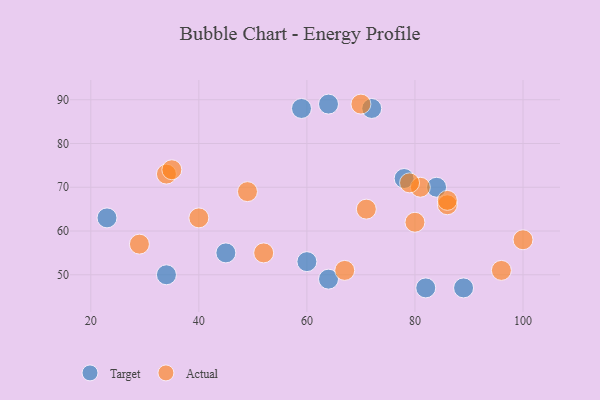
{"axis": {"x": "GDP", "y": "Life Expectancy"}, "legend": ["Actual", "Target"], "data": [{"x": "82", "y": 47, "type": "Target"}, {"x": "59", "y": 88, "type": "Target"}, {"x": "89", "y": 47, "type": "Target"}, {"x": "78", "y": 72, "type": "Target"}, {"x": "60", "y": 53, "type": "Target"}, {"x": "23", "y": 63, "type": "Target"}, {"x": "45", "y": 55, "type": "Target"}, {"x": "64", "y": 49, "type": "Target"}, {"x": "72", "y": 88, "type": "Target"}, {"x": "34", "y": 50, "type": "Target"}, {"x": "64", "y": 89, "type": "Target"}, {"x": "84", "y": 70, "type": "Target"}, {"x": "52", "y": 55, "type": "Actual"}, {"x": "29", "y": 57, "type": "Actual"}, {"x": "71", "y": 65, "type": "Actual"}, {"x": "40", "y": 63, "type": "Actual"}, {"x": "100", "y": 58, "type": "Actual"}, {"x": "81", "y": 70, "type": "Actual"}, {"x": "86", "y": 66, "type": "Actual"}, {"x": "34", "y": 73, "type": "Actual"}, {"x": "96", "y": 51, "type": "Actual"}, {"x": "70", "y": 89, "type": "Actual"}, {"x": "80", "y": 62, "type": "Actual"}, {"x": "49", "y": 69, "type": "Actual"}, {"x": "86", "y": 67, "type": "Actual"}, {"x": "35", "y": 74, "type": "Actual"}, {"x": "67", "y": 51, "type": "Actual"}, {"x": "79", "y": 71, "type": "Actual"}]}